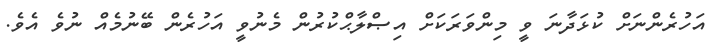
އަހުރެންނަށް ކުޅަދާނަ ވީ މިންވަރަކަށް އިޞްލާޙްކުރުން މެނުވީ އަހުރެން ބޭނުމެއް ނުވެ އެވެ.